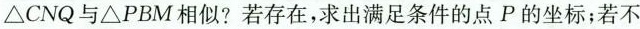
△CNQ与△PBM相似?若存在，求出满足条件的点P的坐标；若不